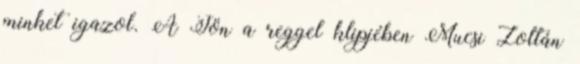
minket igazol. A Jön a reggel klipjében Mucsi Zoltán